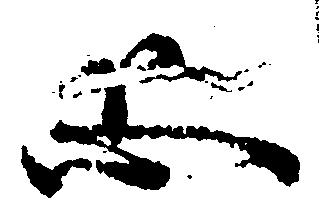
恐